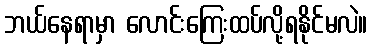
ဘယ်နေရာမှာ လောင်းကြေးထပ်လို့ရနိုင်မလဲ။